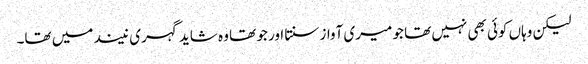
لیکن وہاں کوئی بھی نہیں تھا جو میری آواز سنتا اور جو تھا وہ شاید گہری نیند میں تھا۔